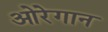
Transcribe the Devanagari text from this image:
ओरेगान